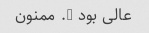
عالی بود …. ممنون